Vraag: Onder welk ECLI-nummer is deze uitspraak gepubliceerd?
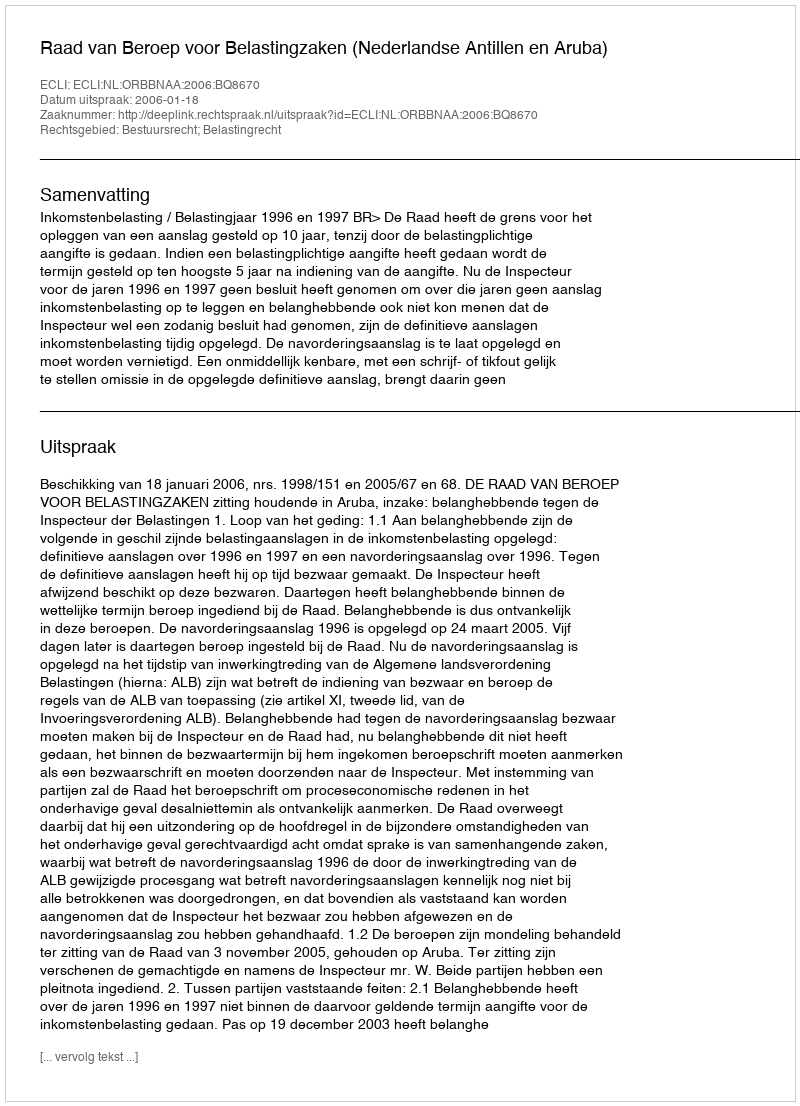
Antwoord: ECLI:NL:ORBBNAA:2006:BQ8670